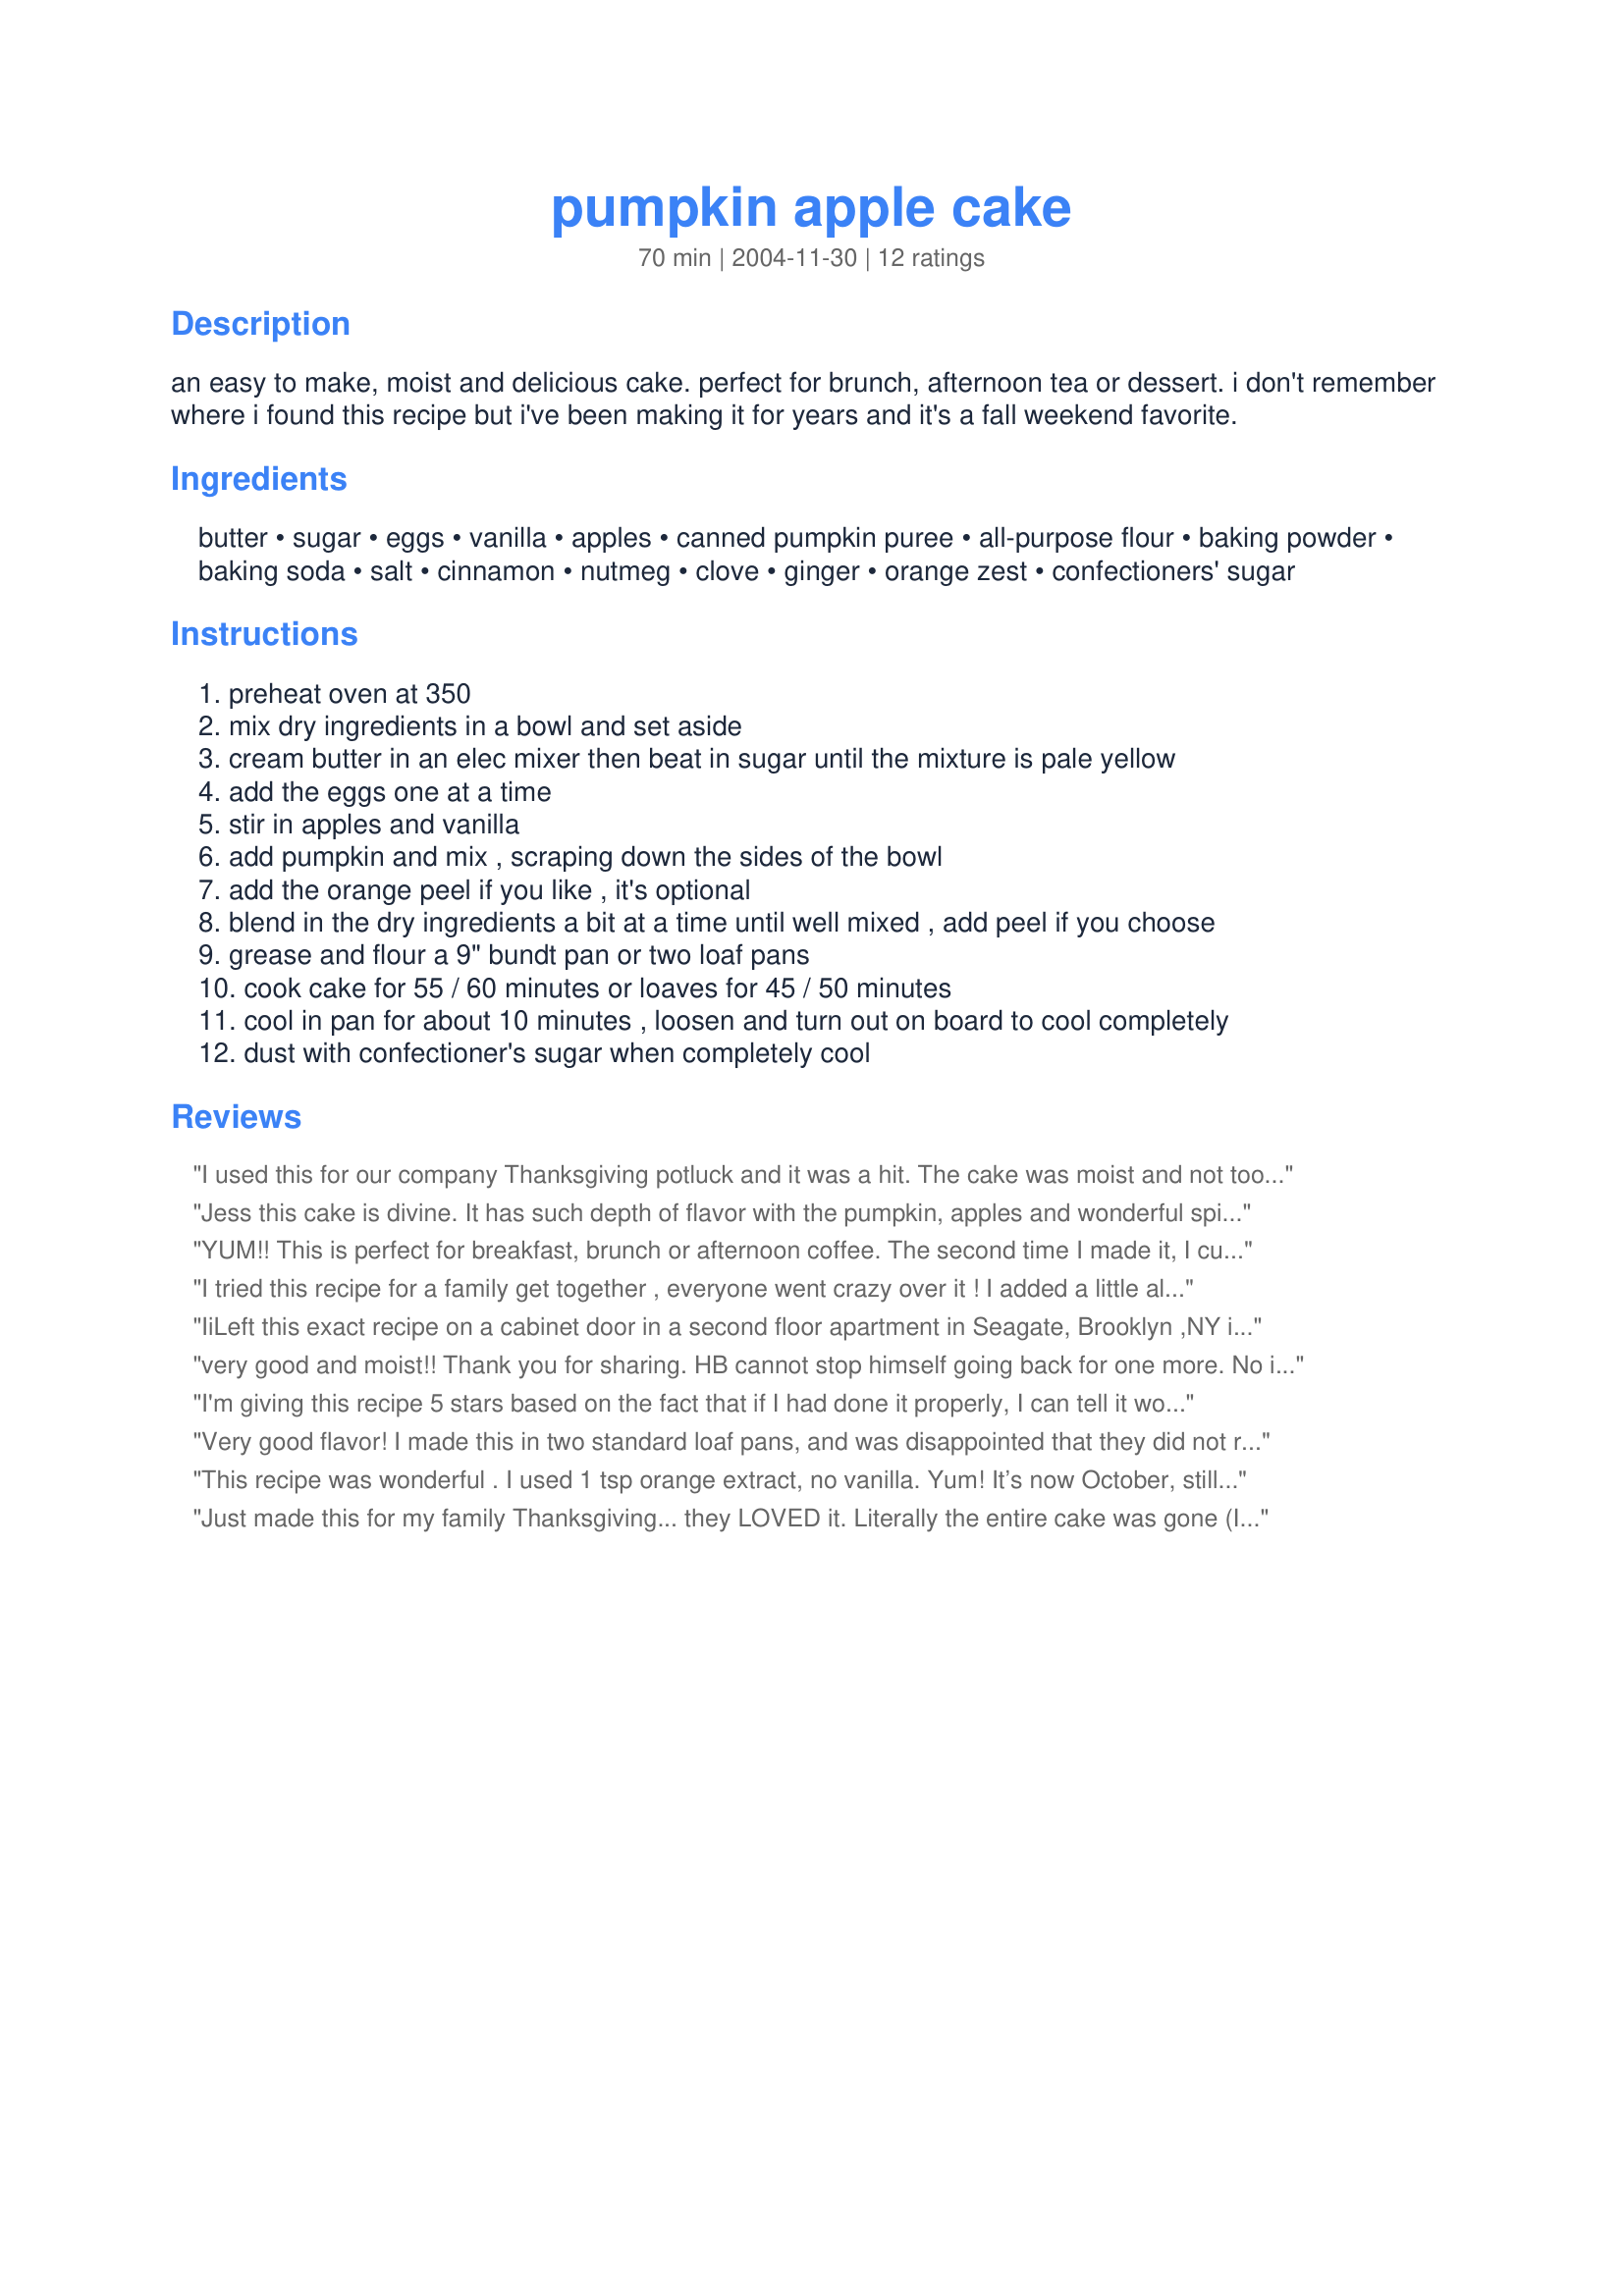
pumpkin apple cake
Preparation time: 70 minutes

an easy to make, moist and delicious cake. perfect for brunch, afternoon tea or dessert. i don't remember where i found this recipe but i've been making it for years and it's a fall weekend favorite.

Ingredients:
butter, sugar, eggs, vanilla, apples, canned pumpkin puree, all-purpose flour, baking powder, baking soda, salt, cinnamon, nutmeg, clove, ginger, orange zest, confectioners' sugar

Steps:
preheat oven at 350
mix dry ingredients in a bowl and set aside
cream butter in an elec mixer then beat in sugar until the mixture is pale yellow
add the eggs one at a time
stir in apples and vanilla
add pumpkin and mix , scraping down the sides of the bowl
add the orange peel if you like , it's optional
blend in the dry ingredients a bit at a time until well mixed , add peel if you choose
grease and flour a 9" bundt pan or two loaf pans
cook cake for 55 / 60 minutes or loaves for 45 / 50 minutes
cool in pan for about 10 minutes , loosen and turn out on board to cool completely
dust with confectioner's sugar when completely cool

Reviews:
I used this for our company Thanksgiving potluck and it was a hit. The cake was moist and not too sweet. I will make this again.
Jess this cake is divine. It has such depth of flavor with the pumpkin, apples and wonderful spices. They all work so well together without having one overpower the other in any manner. The cake is moist but sturdy when slicing. I used granny smith apples for the apples. I know I will be making this very often. I served it to a friend during a coffee get together and she was raving about it too. Thanks for making me shine!! So VERY glad I tagged this in Photo Tag!!! :)
YUM!! This is perfect for breakfast, brunch or afternoon coffee. The second time I made it, I cut the apple into pretty small pieces which made the slices more uniform. Baked in a bundt pan and it came out perfectly - moist, with pieces of apple and fall spices. My family loved it! It's a keeper
I tried this recipe for a family get together , everyone went crazy over it ! I added a little allspice, I used fresh pumpkin and reduced the cooking time to 30 min. it was perfect. I also frosted this with caramel frosting . I will add this one to my favorites!!!
IiLeft this exact recipe on a cabinet door in a second floor apartment in Seagate, Brooklyn ,NY in appox 1985/86. It is wonderful recipe which I made for my family and friends hundreds of times. The recipe was given to me by a woman I worked with at Lens Express named Laura. It was an old family recipe that she really didn&#039;t share with anyone. The only thing I adjusted was I grated the apples on a safety grater. I am so excited to have found it again!
very good and moist!! Thank you for sharing. HB cannot stop himself going back for one more. No icing is needed . This is very very good!!!
I'm giving this recipe 5 stars based on the fact that if I had done it properly, I can tell it would be amazing. I wanted to replace the butter with applesauce, but when I looked in my fridge, I didn't have any. So instead of 1 cup of pumpkin, I used the whole can and decreased the amount of sugar to 1 cup. The cake was definitely sweet enough, but the extra pumpkin gave it a gummy consistency. Like I said, if it had been done right, this would've been a delicious cake. I'm definitely going to try again and follow the ingredients! :)
Very good flavor! I made this in two standard loaf pans, and was disappointed that they did not raise much at all, so the "loaves" were about an inch and a half high. I will make this again, but in a 9" square tin. I used the leftover pumpkin from the can to make pumpkin pancakes.
This recipe was wonderful . I used 1 tsp orange extract, no vanilla. Yum! It’s now October, still baking this on a regular basis.
Just made this for my family Thanksgiving... they LOVED it. Literally the entire cake was gone (I had to secretly put some aside for my 2 year old who was napping-- who also loved it by the way). My family was RAVING about how great it tasted and the moistness (I used a tad more pumpkin and a shake of pumpkin pie spice and allspice in addition to the ingredients listed). I received requests and plan to make this again for Christmas!
This recipe made scrumptious golden-colored muffins. I diced the apples fairly small, but next time will try larger chunks so the apple flavor and texture is more pronounced. Perfect for the season!
This is a delicious, moist, easy-to-make cake. My substitutions were: an equal amount of oil for butter, and for half of the flour (1 cup) I use whole wheat instead of white. I cut my peeled apples in sixths, then mixed the batter in a food processor, which cut up the apples even more. Although the apple pieces were visible in the raw batter (between the size of corn kernels and peppercorns), they melted into the finished product and I quite liked it this way.<br/><br/>The cake volume is small. To make 2 nice looking loaves I needed to use 2 - 6 x3" pans. The volume of batter made for pretty shallow loaves in 4x8" pans.
